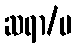
ဆရာ/မ